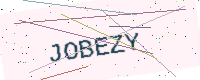
Text: JOBEZY